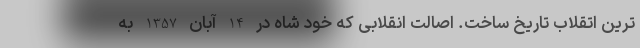
ترین اتقلاب تاریخ ساخت. اصالت انقلابی که خود شاه در 14 آبان 1357 به